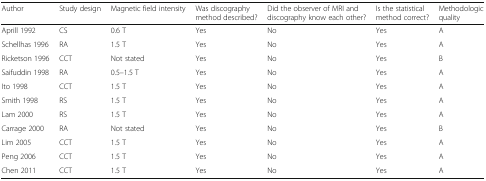
<table><thead><tr><td><b>Author</b></td><td><b>Study design</b></td><td><b>Magnetic field intensity</b></td><td><b>Was discography method described?</b></td><td><b>Did the observer of MRI and discography know each other?</b></td><td><b>Is the statistical method correct?</b></td><td><b>Methodologic quality</b></td></tr></thead><tbody><tr><td>Aprill 1992</td><td>CS</td><td>0.6 T</td><td>Yes</td><td>No</td><td>Yes</td><td>A</td></tr><tr><td>Schellhas 1996</td><td>RA</td><td>1.5 T</td><td>Yes</td><td>No</td><td>Yes</td><td>A</td></tr><tr><td>Ricketson 1996</td><td>CCT</td><td>Not stated</td><td>Yes</td><td>No</td><td>Yes</td><td>B</td></tr><tr><td>Saifuddin 1998</td><td>RA</td><td>0.5–1.5 T</td><td>Yes</td><td>No</td><td>Yes</td><td>A</td></tr><tr><td>Ito 1998</td><td>CCT</td><td>1.5 T</td><td>Yes</td><td>No</td><td>Yes</td><td>A</td></tr><tr><td>Smith 1998</td><td>RS</td><td>1.5 T</td><td>Yes</td><td>No</td><td>Yes</td><td>A</td></tr><tr><td>Lam 2000</td><td>RS</td><td>1.5 T</td><td>Yes</td><td>No</td><td>Yes</td><td>A</td></tr><tr><td>Carrage 2000</td><td>RA</td><td>Not stated</td><td>Yes</td><td>No</td><td>Yes</td><td>B</td></tr><tr><td>Lim 2005</td><td>CCT</td><td>1.5 T</td><td>Yes</td><td>No</td><td>Yes</td><td>A</td></tr><tr><td>Peng 2006</td><td>CCT</td><td>1.5 T</td><td>Yes</td><td>No</td><td>Yes</td><td>A</td></tr><tr><td>Chen 2011</td><td>CCT</td><td>1.5 T</td><td>Yes</td><td>No</td><td>Yes</td><td>A</td></tr></tbody></table>